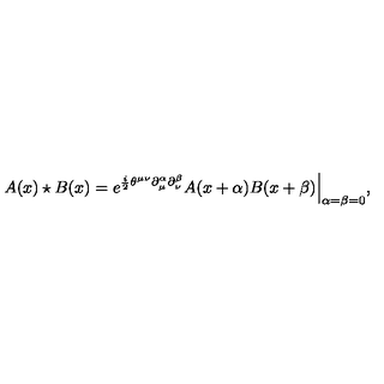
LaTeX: A ( x ) \star B ( x ) = e ^ { \frac { i } { 2 } \theta ^ { \mu \nu } \partial _ { \mu } ^ { \alpha } \partial _ { \nu } ^ { \beta } } A ( x + \alpha ) B ( x + \beta ) \Big | _ { \alpha = \beta = 0 } ,